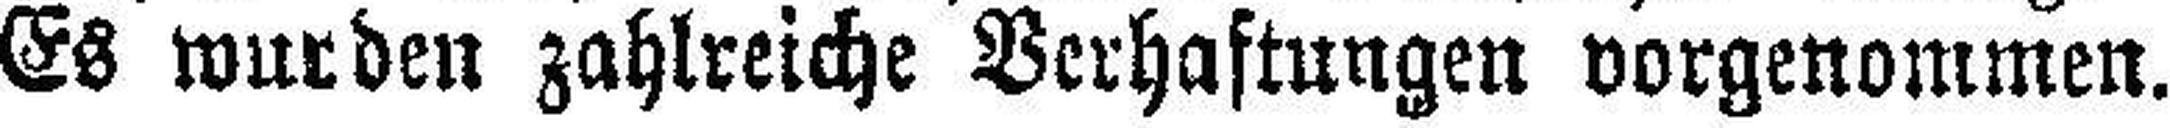
Es wurden zahlreiche Verhaftungen vorgenommen.